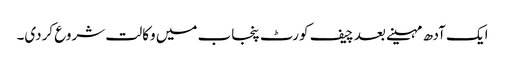
ایک آدھ مہینے بعد چیف کورٹ پنجاب میں وکالت شروع کردی۔